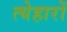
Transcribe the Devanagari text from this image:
त्येहारों